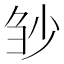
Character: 𰄲